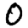
Digit: 0